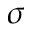
\sigma